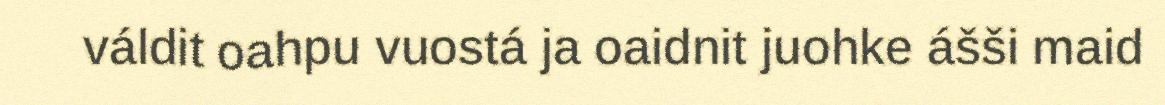
váldit oahpu vuostá ja oaidnit juohke ášši maid